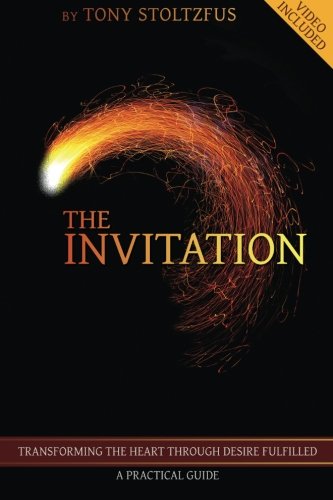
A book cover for The Invitation: Transforming the Heart Through Desire Fulfilled | A Practical Guide; Tony Stoltzfus; Christian Books & Bibles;